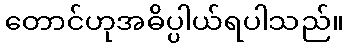
တောင်ဟုအဓိပ္ပါယ်ရပါသည်။